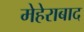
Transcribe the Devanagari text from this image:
मेहेराबाद